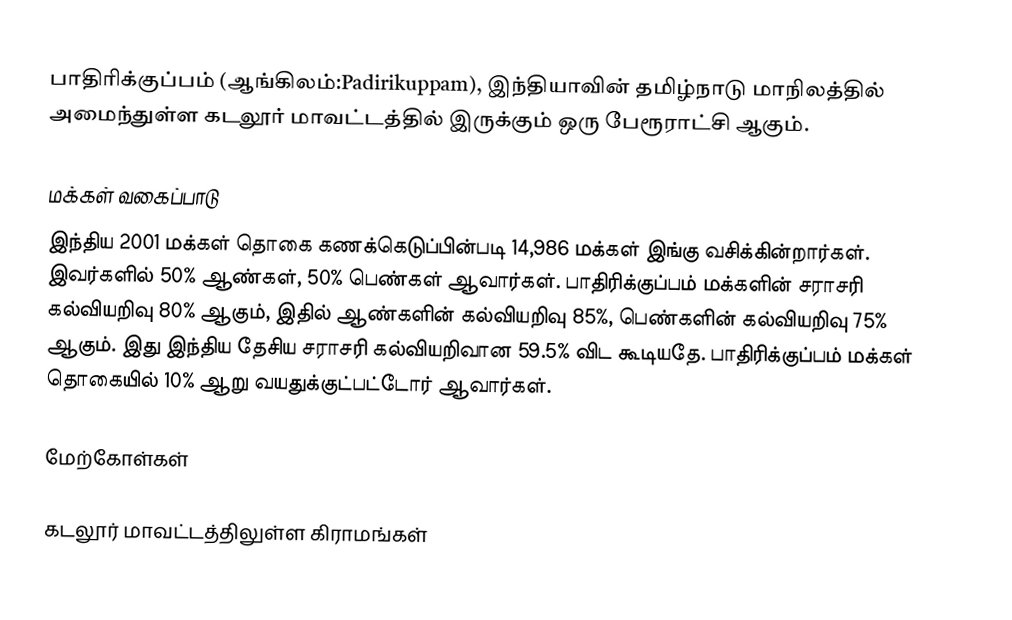
பாதிரிக்குப்பம் (ஆங்கிலம்:Padirikuppam), இந்தியாவின் தமிழ்நாடு மாநிலத்தில் அமைந்துள்ள கடலூர் மாவட்டத்தில் இருக்கும் ஒரு பேரூராட்சி ஆகும்.

மக்கள் வகைப்பாடு
இந்திய 2001 மக்கள் தொகை கணக்கெடுப்பின்படி 14,986 மக்கள் இங்கு வசிக்கின்றார்கள். இவர்களில் 50% ஆண்கள், 50% பெண்கள் ஆவார்கள். பாதிரிக்குப்பம் மக்களின் சராசரி கல்வியறிவு 80% ஆகும், இதில் ஆண்களின் கல்வியறிவு 85%, பெண்களின் கல்வியறிவு 75% ஆகும். இது இந்திய தேசிய சராசரி கல்வியறிவான 59.5% விட கூடியதே. பாதிரிக்குப்பம் மக்கள் தொகையில் 10% ஆறு வயதுக்குட்பட்டோர் ஆவார்கள்.

மேற்கோள்கள்

கடலூர் மாவட்டத்திலுள்ள கிராமங்கள்